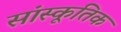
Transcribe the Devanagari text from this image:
सांस्कूतिक